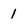
Character: 1